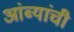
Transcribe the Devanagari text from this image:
आंब्यांची